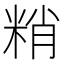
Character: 𥹶